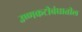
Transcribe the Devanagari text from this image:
उष्णकटीबंधातील